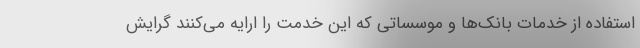
استفاده از خدمات بانک‌ها و موسساتی که این خدمت را ارایه می‌کنند گرایش